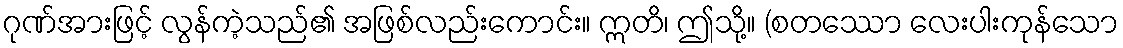
ဂုဏ်အားဖြင့် လွန်ကဲ့သည်၏ အဖြစ်လည်းကောင်း။ ဣတိ၊ ဤသို့။ (စတဿော လေးပါးကုန်သော